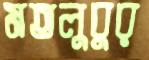
মতলুবুর